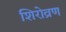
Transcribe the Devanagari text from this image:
शिरोव्रण